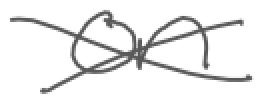
Text: on
Cross-out: cross
Writing tool: digital_gray